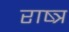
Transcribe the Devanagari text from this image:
राष्त्र